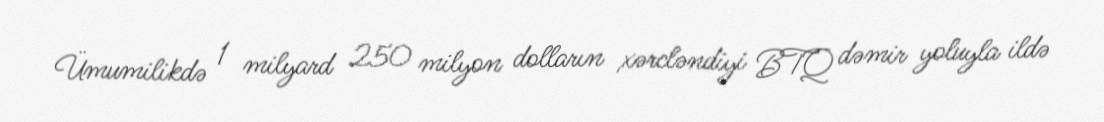
Ümumilikdə 1 milyard 250 milyon dolların xərcləndiyi BTQ dəmir yoluyla ildə